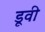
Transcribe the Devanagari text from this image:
डूवी